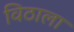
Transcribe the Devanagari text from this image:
विठाला